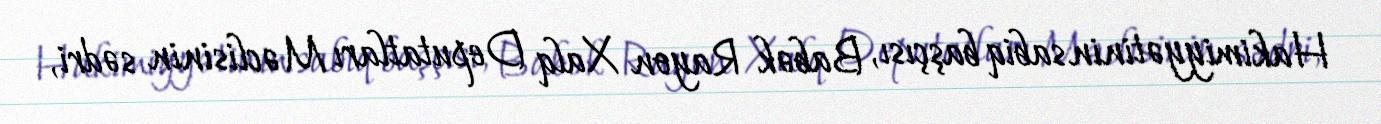
Hakimiyyətinin sabiq başçısı, Babək Rayon Xalq Deputatları Məclisinin sədri,